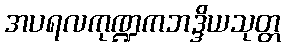
အပရလကုဏ္ဍကဘဒ္ဒိယသုတ္တ